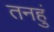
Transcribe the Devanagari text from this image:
तनहुं